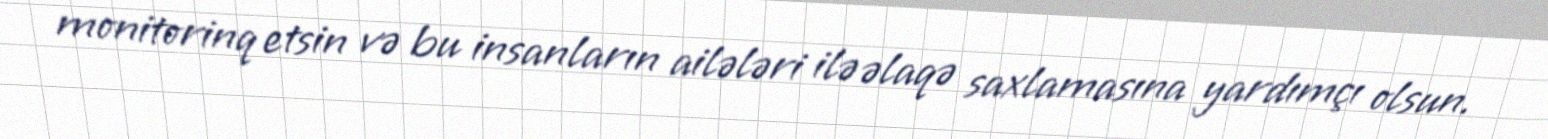
monitorinq etsin və bu insanların ailələri ilə əlaqə saxlamasına yardımçı olsun.